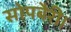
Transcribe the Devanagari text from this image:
सोपबैरी।